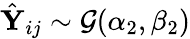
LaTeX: \hat{\mathbf Y}_{ij}\sim\mathcal G(\alpha_{2},\beta_{2})